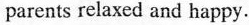
parents relaxed and happy.